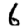
Digit: 6